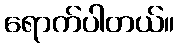
ရောက်ပါတယ်။